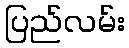
ပြည်လမ်း